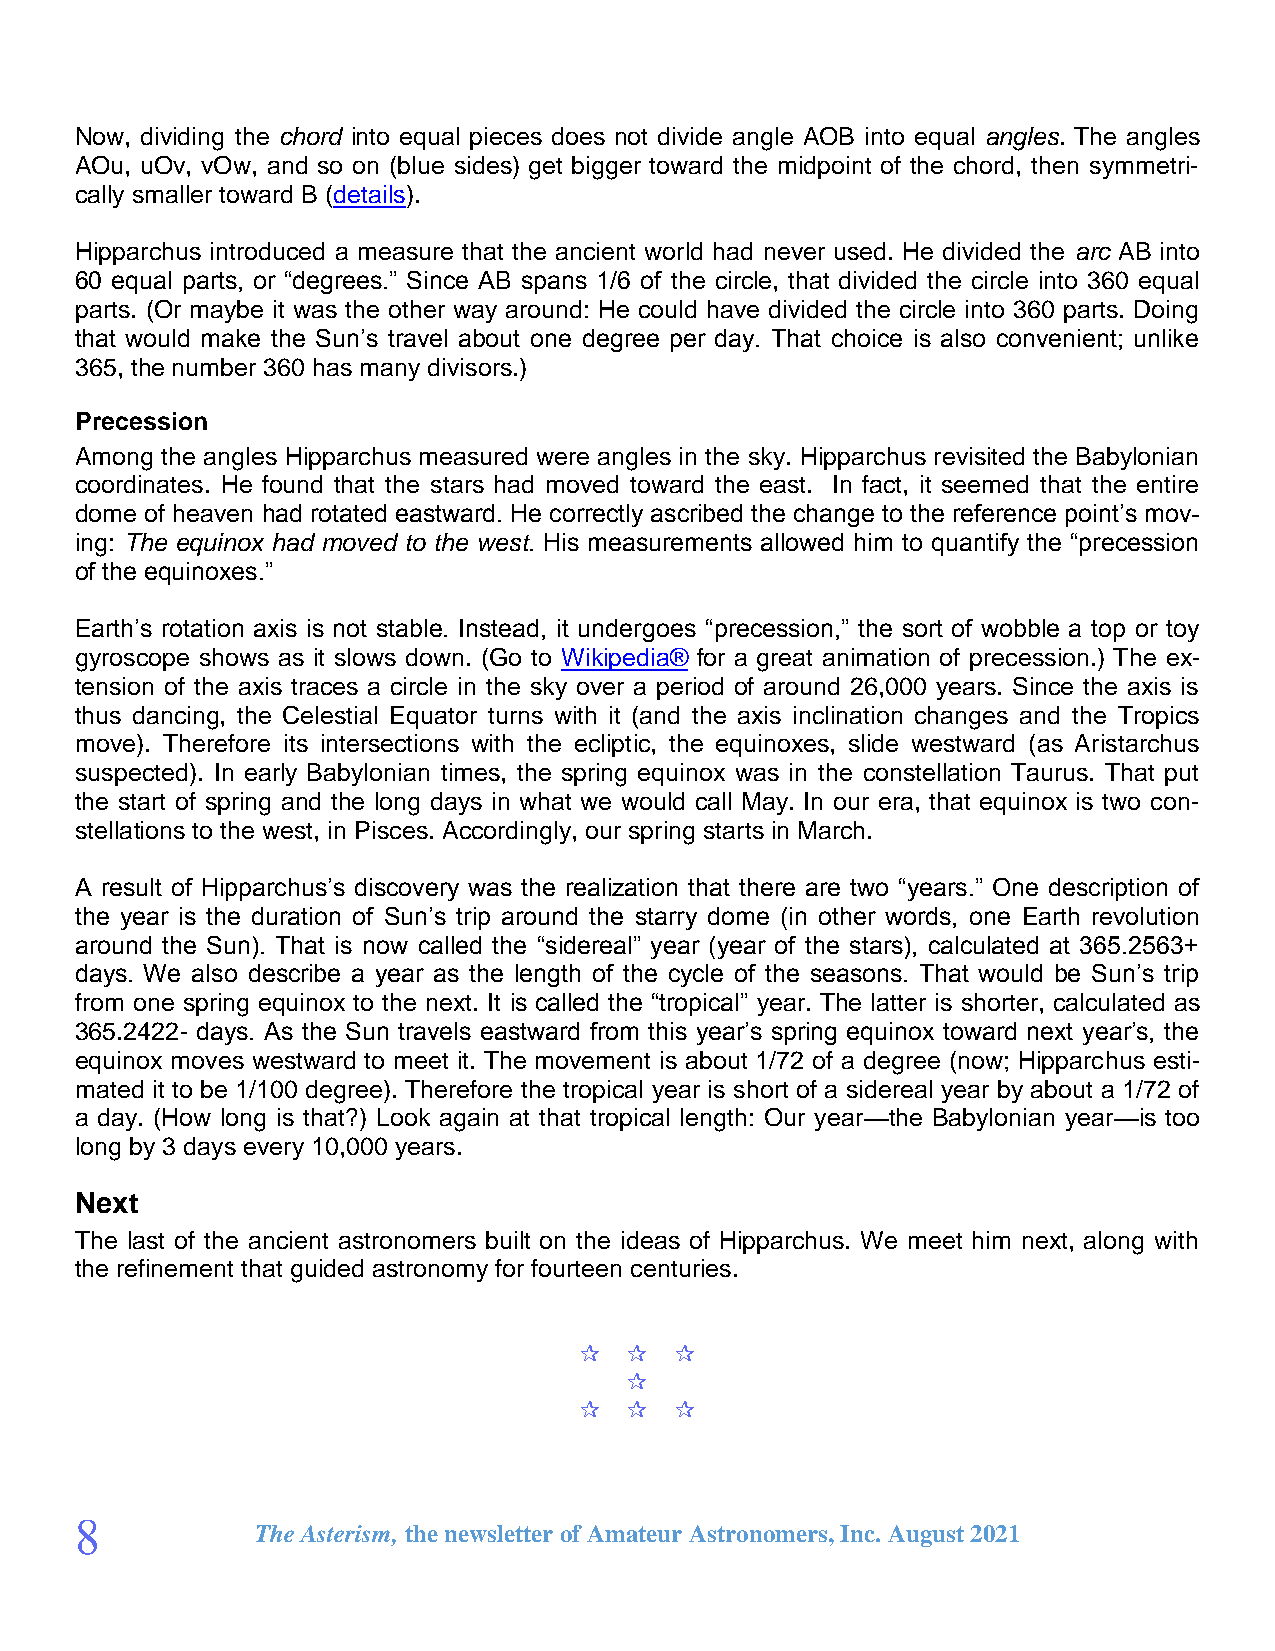
Now, dividing the chord into equal pieces does not divide angle AOB into equal angles. The angles
 AOu, uOv, vOw, and so on (blue sides) get bigger toward the midpoint of the chord, then symmetri-
 cally smaller toward B (details).
 Hipparchus introduced a measure that the ancient world had never used. He divided the arc AB into
 60 equal parts, or “degrees.” Since AB spans 1/6 of the circle, that divided the circle into 360 equal
 parts. (Or maybe it was the other way around: He could have divided the circle into 360 parts. Doing
 that would make the Sun’s travel about one degree per day. That choice is also convenient; unlike
 365, the number 360 has many divisors.)
 Precession
 Among the angles Hipparchus measured were angles in the sky. Hipparchus revisited the Babylonian
 coordinates. He found that the stars had moved toward the east. In fact, it seemed that the entire
 dome of heaven had rotated eastward. He correctly ascribed the change to the reference point’s mov-
 ing: The equinox had moved to the west. His measurements allowed him to quantify the “precession
 of the equinoxes.”
 Earth’s rotation axis is not stable. Instead, it undergoes “precession,” the sort of wobble a top or toy
 gyroscope shows as it slows down. (Go to Wikipedia® for a great animation of precession.) The ex-
 tension of the axis traces a circle in the sky over a period of around 26,000 years. Since the axis is
 thus dancing, the Celestial Equator turns with it (and the axis inclination changes and the Tropics
 move). Therefore its intersections with the ecliptic, the equinoxes, slide westward (as Aristarchus
 suspected). In early Babylonian times, the spring equinox was in the constellation Taurus. That put
 the start of spring and the long days in what we would call May. In our era, that equinox is two con-
 stellations to the west, in Pisces. Accordingly, our spring starts in March.
 A result of Hipparchus’s discovery was the realization that there are two “years.” One description of
 the year is the duration of Sun’s trip around the starry dome (in other words, one Earth revolution
 around the Sun). That is now called the “sidereal” year (year of the stars), calculated at 365.2563+
 days. We also describe a year as the length of the cycle of the seasons. That would be Sun’s trip
 from one spring equinox to the next. It is called the “tropical” year. The latter is shorter, calculated as
 365.2422- days. As the Sun travels eastward from this year’s spring equinox toward next year’s, the
 equinox moves westward to meet it. The movement is about 1/72 of a degree (now; Hipparchus esti-
 mated it to be 1/100 degree). Therefore the tropical year is short of a sidereal year by about a 1/72 of
 a day. (How long is that?) Look again at that tropical length: Our year—the Babylonian year—is too
 long by 3 days every 10,000 years.
 Next
 The last of the ancient astronomers built on the ideas of Hipparchus. We meet him next, along with
 the refinement that guided astronomy for fourteen centuries.
 
 
 
 8
 The Asterism, the newsletter of Amateur Astronomers, Inc. August 2021